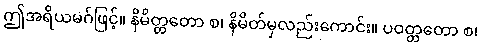
ဤအရိယမဂ်ဖြင့်။ နိမိတ္တတော စ၊ နိမိတ်မှလည်းကောင်း။ ပဝတ္တတော စ၊